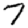
Digit: 7